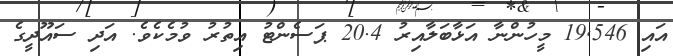
އައި 19